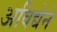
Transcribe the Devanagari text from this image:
अविद्येने